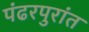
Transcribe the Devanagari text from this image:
पंढरपुरांत